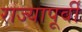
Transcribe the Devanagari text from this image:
राज्यापूर्वीं